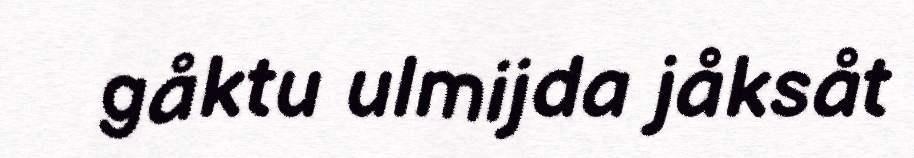
gåktu ulmijda jåksåt